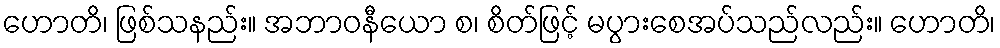
ဟောတိ၊ ဖြစ်သနည်း။ အဘာဝနီယော စ၊ စိတ်ဖြင့် မပွားစေအပ်သည်လည်း။ ဟောတိ၊